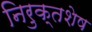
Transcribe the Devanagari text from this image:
निरुक्तशेष